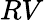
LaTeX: RV